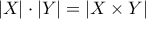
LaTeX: | X | \cdot | Y | = | X \times Y |